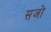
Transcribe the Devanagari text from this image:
सजो